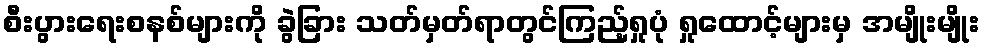
စီးပွားရေးစနစ်များကို ခွဲခြား သတ်မှတ်ရာတွင်ကြည့်ရှုပုံ ရှုထောင့်များမှ အမျိုးမျိုး